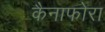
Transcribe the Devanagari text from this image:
कैनाफोरा